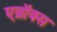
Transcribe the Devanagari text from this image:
एव्रॉक्स